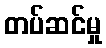
တပ်ဆင်မှု